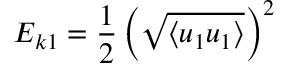
E _ { k 1 } = \frac { 1 } { 2 } \left( \sqrt { \left\langle u _ { 1 } u _ { 1 } \right\rangle } \right) ^ { 2 }